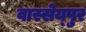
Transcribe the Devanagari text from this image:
वास्सेय्पुर